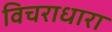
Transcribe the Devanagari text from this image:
विचराधारा